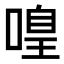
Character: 𠹡